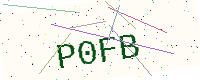
Text: P0FB